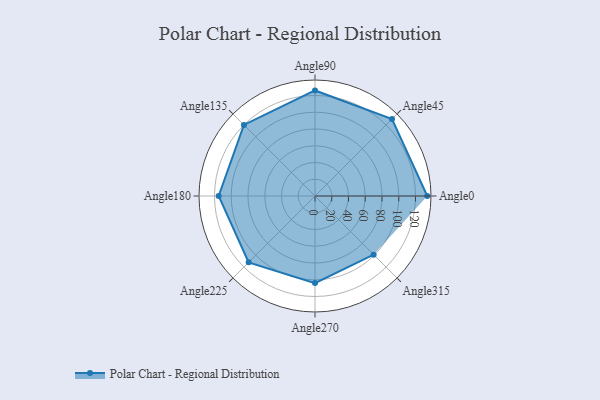
{"axis": {"x": "Angle", "y": "Radius"}, "legend": [""], "data": [{"x": "Angle0", "y": 134.0, "type": ""}, {"x": "Angle45", "y": 130.0, "type": ""}, {"x": "Angle90", "y": 126.0, "type": ""}, {"x": "Angle135", "y": 120.0, "type": ""}, {"x": "Angle180", "y": 115.0, "type": ""}, {"x": "Angle225", "y": 112.0, "type": ""}, {"x": "Angle270", "y": 104.0, "type": ""}, {"x": "Angle315", "y": 99.0, "type": ""}]}